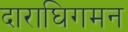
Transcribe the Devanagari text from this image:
दाराघिगमन